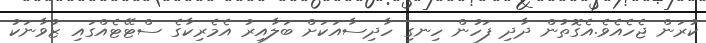
ކުރަން ޖެހެއެވެ.އެގޮތުން ދާދި ފަހުން ހިނގި ހާދިސާއަކަށް ބަލާއިރު އެމެރިކާގެ ސްޓޭޓެއްގައި ޒުވާނަކު